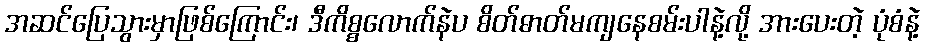
အဆင်ပြေသွားမှာဖြစ်ကြောင်း၊ ဒီကိစ္စလောက်နဲပ စိတ်ဓာတ်မကျနေစမ်းပါနဲ့လို့ အားပေးတဲ့ ပုံစံနဲ့